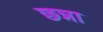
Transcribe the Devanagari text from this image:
छन्ना